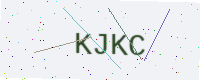
Text: KJKC